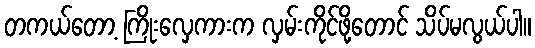
တကယ်တော့ ကြိုးလှေကားက လှမ်းကိုင်ဖို့တောင် သိပ်မလွယ်ပါ။